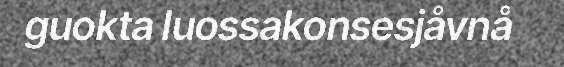
guokta luossakonsesjåvnå